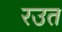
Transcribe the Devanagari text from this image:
रउत